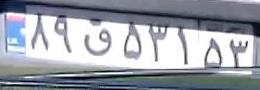
۸۹ق۵۳۱۵۳